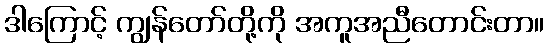
ဒါကြောင့် ကျွန်တော်တို့ကို အကူအညီတောင်းတာ။